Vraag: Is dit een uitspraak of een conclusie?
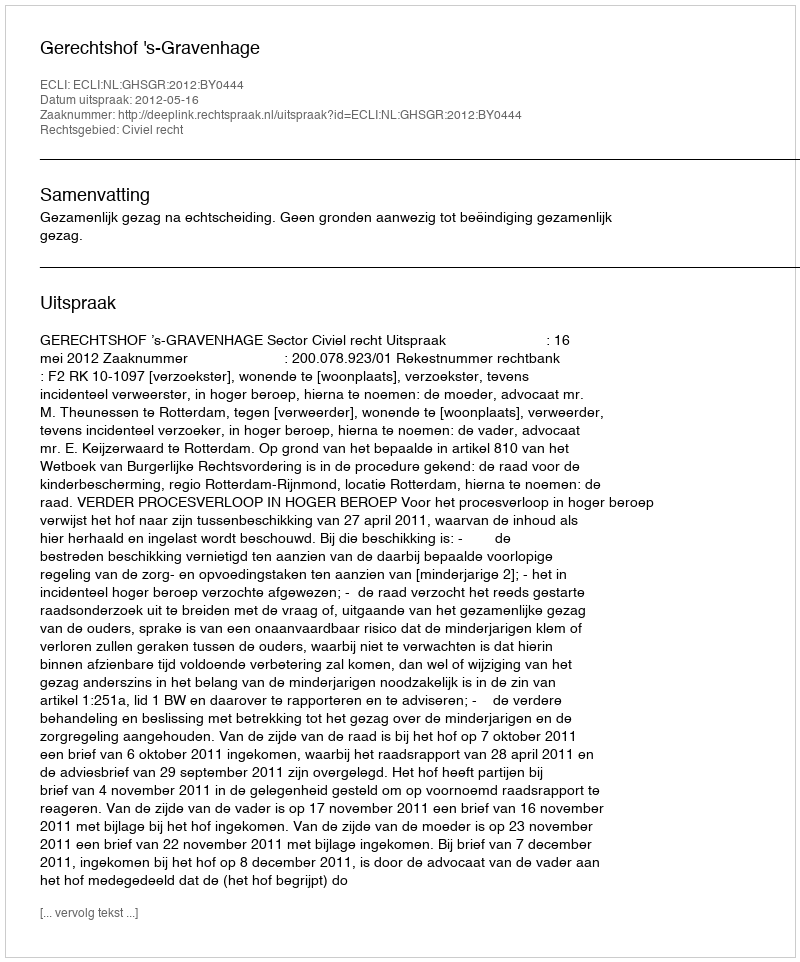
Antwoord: Uitspraak